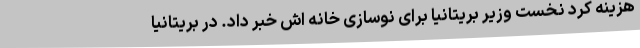
هزینه کرد نخست وزیر بریتانیا برای نوسازی خانه اش خبر داد. در بریتانیا